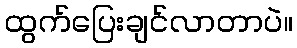
ထွက်ပြေးချင်လာတာပဲ။